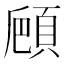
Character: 𩒒